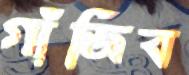
গাঁজিব